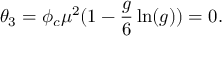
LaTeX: \theta _ { 3 } = \phi _ { c } \mu ^ { 2 } ( 1 - { \frac { g } { 6 } } \ln ( g ) ) = 0 .